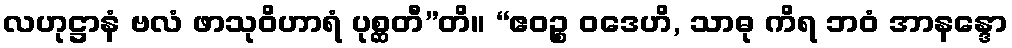
လဟုဋ္ဌာနံ ဗလံ ဖာသုဝိဟာရံ ပုစ္ဆတီ”တိ။ “ဧဝဉ္စ ဝဒေဟိ, သာဓု ကိရ ဘဝံ အာနန္ဒော